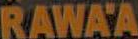
RAWA'A